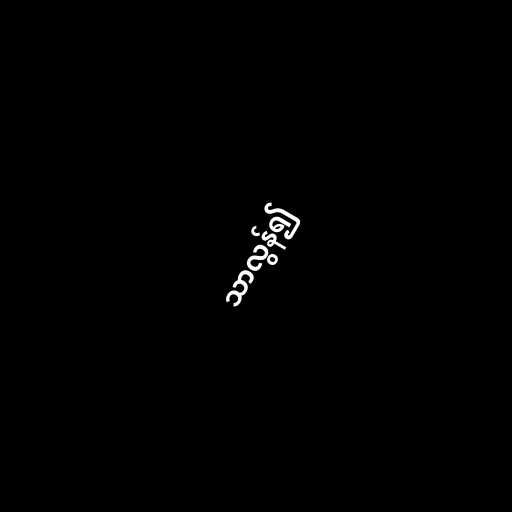
သာလွန်၍